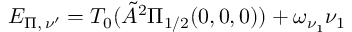
E _ { \Pi , \, \nu ^ { \prime } } = T _ { 0 } ( \tilde { A } ^ { 2 } \Pi _ { 1 / 2 } ( 0 , 0 , 0 ) ) + \omega _ { \nu _ { 1 } } \nu _ { 1 }